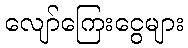
လျော်ကြေးငွေများ